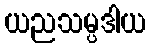
ယညသမ္ပဒါယ